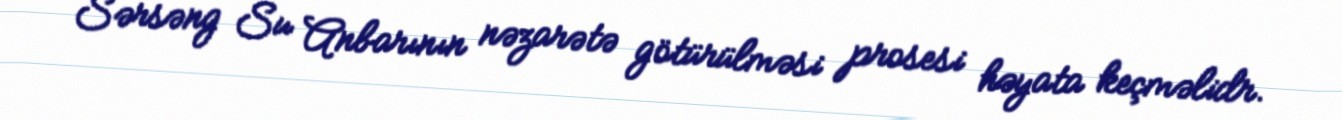
Sərsəng Su Anbarının nəzarətə götürülməsi prosesi həyata keçməlidr.